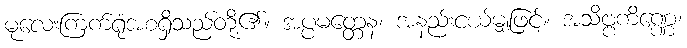
မုလေးကြက်ရုံအစရှိသည်တို့၏။ အပ္ပမတ္တေန၊ အနည်းငယ်မျှဖြင့်။ အသိဗ္ဗကိဏ္ဏေ၊